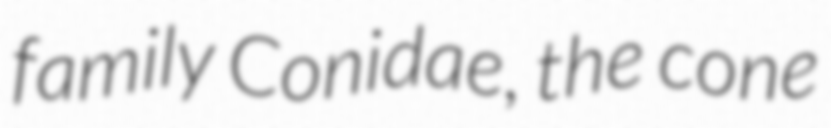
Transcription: family Conidae, the cone